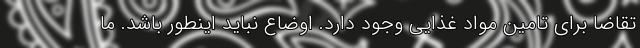
تقاضا برای تامین مواد غذایی وجود دارد. اوضاع نباید اینطور باشد. ما